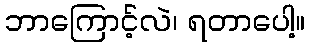
ဘာကြောင့်လဲ၊ ရတာပေါ့။